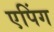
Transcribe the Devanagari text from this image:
एपिंग